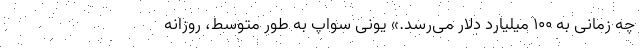
چه زمانی به ۱۰۰ میلیارد دلار می‌رسد.» یونی سواپ به طور متوسط، روزانه